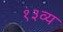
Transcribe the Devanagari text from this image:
१३व्य